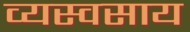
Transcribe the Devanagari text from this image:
व्यस्वसाय